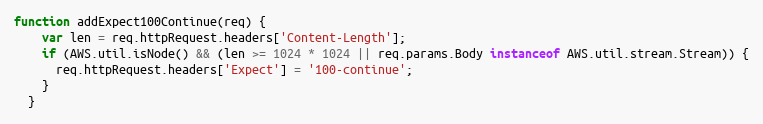
Language: JavaScript
function addExpect100Continue(req) {
    var len = req.httpRequest.headers['Content-Length'];
    if (AWS.util.isNode() && (len >= 1024 * 1024 || req.params.Body instanceof AWS.util.stream.Stream)) {
      req.httpRequest.headers['Expect'] = '100-continue';
    }
  }